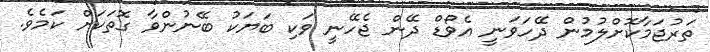
ތަރުޖަމާކޮށްލުމުން ދޭހަވަނީ އެވޯޑް ދޭން ޖެހޭނީ ވަކި ބަޔަކު ބޭނުންވާ ގޮތަކަށް ކަމެވެ.